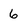
Character: 6